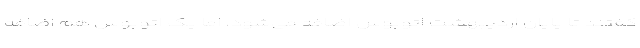
گفتند تا پایان اردیبهشت اتوبوس اضافه می‌شود، اما یک اتوبوس هم اضافه